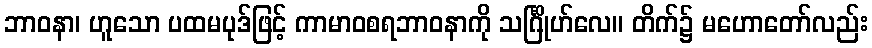
ဘာဝနာ၊ ဟူသော ပထမပုဒ်ဖြင့် ကာမာဝစရဘာဝနာကို သင်္ဂြိုဟ်လေ။ တိက်၌ မဟောတော်လည်း